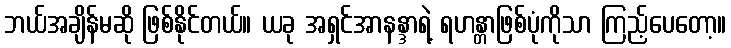
ဘယ်အချိန်မဆို ဖြစ်နိုင်တယ်။ ယခု အရှင်အာနန္ဒာရဲ့ ရဟန္တာဖြစ်ပုံကိုသာ ကြည့်ပေတော့။